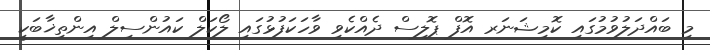
މި ބައްދަލުވުމުގައި ކޮމިޝަނަރ އޮފް ޕޮލިސް ދެއްކެވި ވާހަކަފުޅުގައި ލޯކަލް ކައުންސިލް އިންތިޚާބަކީ